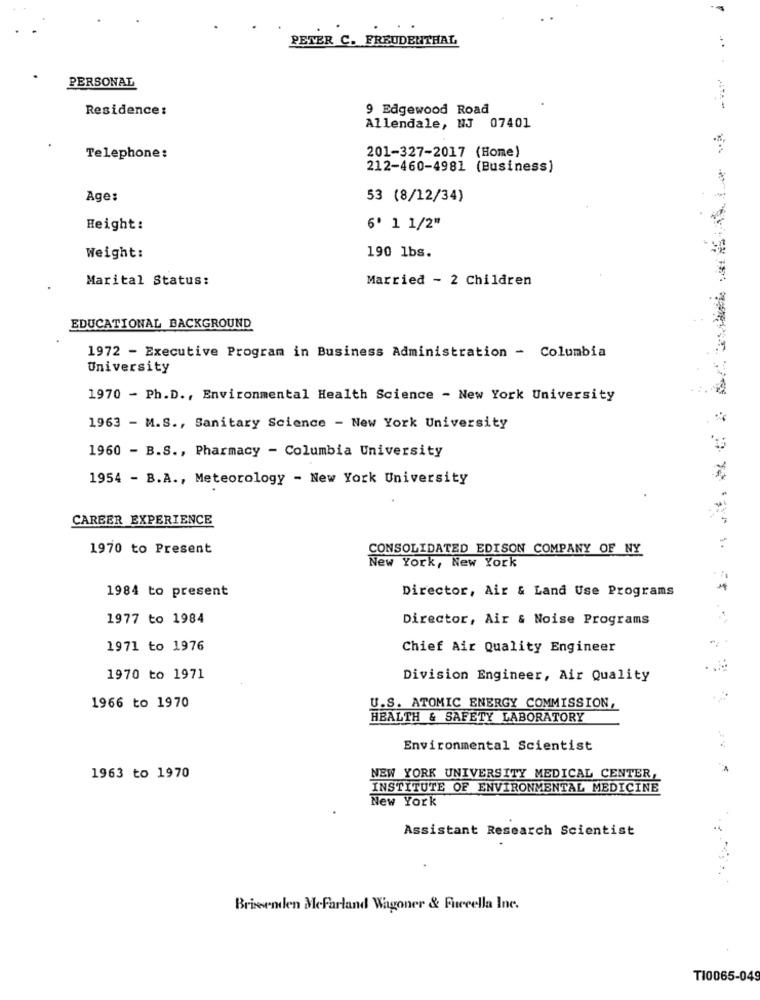
PETER C. FREUDENTHAL
PERSONAL
Residence:
9 Edgewood Road
.......
Allendale, NJ 07401
Telephone:
201-327-2017 (Home)
212-460-4981 (Business)
Age:
53 (8/12/34)
Height:
6' 1 1/2"
Weight:
190 1bs.
Marital Status:
Married - 2 Children
EDUCATIONAL BACKGROUND
1972 - Executive Program in Business Administration - Columbia
University
1970 - Ph.D ., Environmental Health Science - New York University
1963 - M.S ., Sanitary Science - New York University
1960 - B.S ., Pharmacy - Columbia University
1954 - B.A ., Meteorology - New York University
CAREER EXPERIENCE
1970 to Present
CONSOLIDATED EDISON COMPANY OF NY
New York, New York
1984 to present
Director, Air & Land Use Programs
1977 to 1984
Director, Air & Noise Programs
1971 to 1976
Chief Air Quality Engineer
1970 to 1971
Division Engineer, Air Quality
1966 to 1970
U.S. ATOMIC ENERGY COMMISSION,
HEALTH & SAFETY LABORATORY
Environmental Scientist
1963 to 1970
NEW YORK UNIVERSITY MEDICAL CENTER,
INSTITUTE OF ENVIRONMENTAL MEDICINE
New York
Assistant Research Scientist
Brissenden Mcfarland Wagoner & Fuccella Inc.
TI0065-049